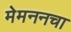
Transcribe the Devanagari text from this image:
मेमननचा